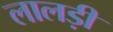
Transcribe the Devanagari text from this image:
लालड़ी